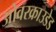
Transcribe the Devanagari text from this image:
ओवरक्राउडेड